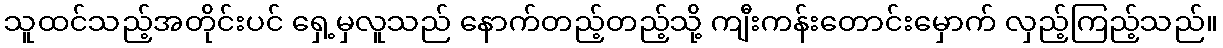
သူထင်သည့်အတိုင်းပင် ရှေ့မှလူသည် နောက်တည့်တည့်သို့ ကျီးကန်းတောင်းမှောက် လှည့်ကြည့်သည်။